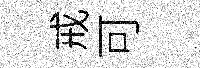
戒可